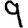
Digit: 9